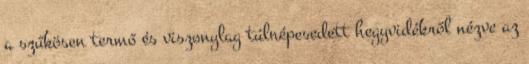
a szűkösen termő és viszonylag túlnépesedett hegyvidékről nézve az